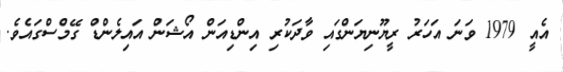
އެއީ 1979 ވަނަ އަހަރު ރީޔޫނިޔަންގައި ވާދަކުރި އިންޑިއަން އޯޝަން އައިލެންޑް ގޭމްސްގައެވެ.